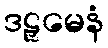
ဒဠှမေနံ